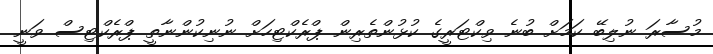
މުސާރަ ނުލިބޭ ކަމަށް ބުނެ ވިކްޓަރީގެ ކުޅުންތެރިން ޕްރެކްޓިހަށް ނުނިކުންނާތީ ޕްރެކްޓިސް ވަނީ